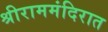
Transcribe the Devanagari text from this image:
श्रीराममंदिरात